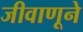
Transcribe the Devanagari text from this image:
जीवाणूने